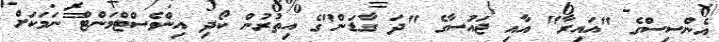
އެންސިސްގެ "އައިރާ" އާއި ޖައުސާގެ "ދަ ގާޑަން"ގެ އިތުރުން ކޯދި އިންވެސްޓްމަންޓް ނަމަކަށް